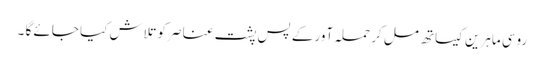
روسی ماہرین کیساتھ مل کر حملہ آور کے پس پشت عناصر کو تلاش کیا جائے گا ۔